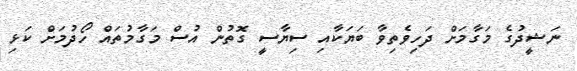
ނަޝީދުގެ މަގާމަށް ދަހިވެތިވާ ބަޔަކާއި ސިޔާސީ ގޮތުން އުސް މަގާމުތައް ހޯދުމަށް ކަޅި